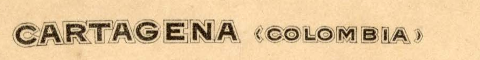
CARTAGENA (COLOMBIA)